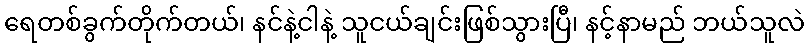
ရေတစ်ခွက်တိုက်တယ်၊ နင်နဲ့ငါနဲ့ သူငယ်ချင်းဖြစ်သွားပြီ၊ နင့်နာမည် ဘယ်သူလဲ